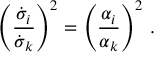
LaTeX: \left( \frac { \dot { \sigma } _ { i } } { \dot { \sigma } _ { k } } \right) ^ { 2 } = \left( \frac { \alpha _ { i } } { \alpha _ { k } } \right) ^ { 2 } \, .